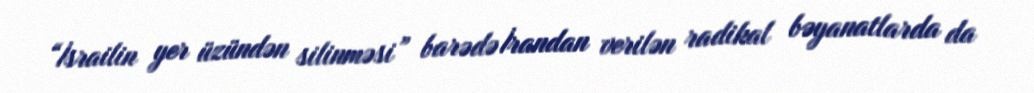
“İsrailin yer üzündən silinməsi” barədə İrandan verilən radikal bəyanatlarda da